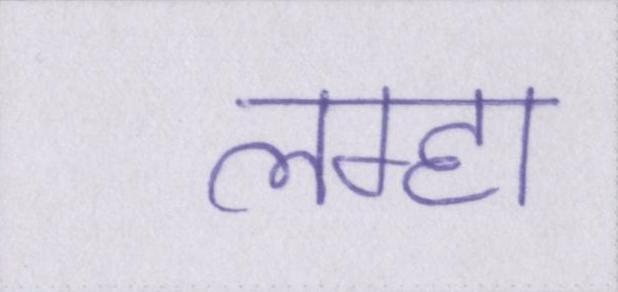
लम्हा